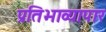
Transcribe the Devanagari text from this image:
प्रतिभाव्यापार